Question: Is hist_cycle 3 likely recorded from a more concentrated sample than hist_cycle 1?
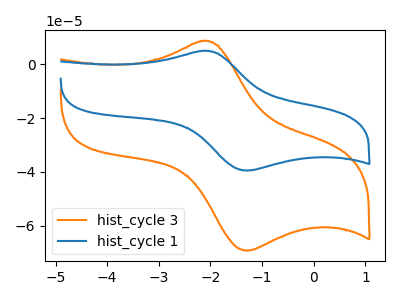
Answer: <think>The orange curve "hist_cycle 3" has an anodic peak at (-2.15V, 8.55uA) and a cathodic peak at (-1.30V, -69.25uA). The blue curve "hist_cycle 1" has an anodic peak at (-2.15V, 4.90uA) and a cathodic peak at (-1.30V, -39.50uA).
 All the peaks in "hist_cycle 3" have a peak in "hist_cycle 1" at the same potential. Every peak in "hist_cycle 3" is higher than every peak in "hist_cycle 1".</think>
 <answer>"hist_cycle 3" has more signal than "hist_cycle 1".</answer>
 <eval>more_signal</eval>